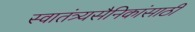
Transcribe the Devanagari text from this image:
स्वातंत्र्यसैनिकांसाठी